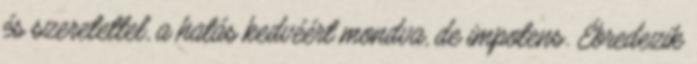
és szeretettel, a hatás kedvéért mondva, de impotens. Ébredezik